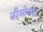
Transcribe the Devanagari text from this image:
लीओनगेट